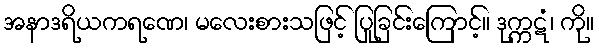
အနာဒရိယကရဏေ၊ မလေးစားသဖြင့် ပြုခြင်းကြောင့်။ ဒုက္ကဋံ၊ ကို။